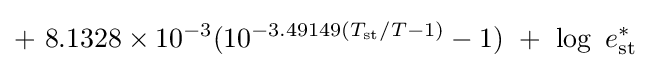
+\ 8.1328\times 10^{-3}(10^{-3.49149(T_{\mathrm {st} }/T-1)}-1)\ +\ \log \ e_{\mathrm {st} }^{*}